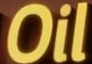
Oil